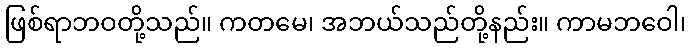
ဖြစ်ရာဘဝတို့သည်။ ကတမေ၊ အဘယ်သည်တို့နည်း။ ကာမဘဝေါ၊